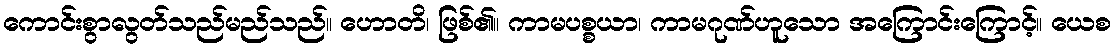
ကောင်းစွာလွတ်သည်မည်သည်။ ဟောတိ၊ ဖြစ်၏။ ကာမပစ္စယာ၊ ကာမဂုဏ်ဟူသော အကြောင်းကြောင့်။ ယေစ